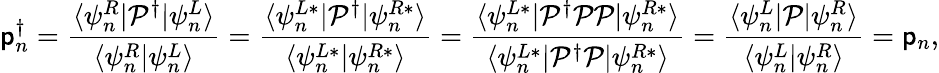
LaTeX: \mathsf{p}_{n}^{\dagger}=\frac{{\langle\psi_{n}^{R}|\mathcal{{P}}^{\dagger}|\psi_{n}^{L}\rangle}}{{\langle\psi_{n}^{R}|\psi_{n}^{L}\rangle}}=\frac{{\langle\psi_{n}^{L*}|\mathcal{{P}}^{\dagger}|\psi_{n}^{R*}\rangle}}{{\langle\psi_{n}^{L*}|\psi_{n}^{R*}\rangle}}=\frac{{\langle\psi_{n}^{L*}|\mathcal{{P}}^{\dagger}\mathcal{{P}}\mathcal{{P}}|\psi_{n}^{R*}\rangle}}{{\langle\psi_{n}^{L*}|\mathcal{{P}}^{\dagger}\mathcal{{P}}|\psi_{n}^{R*}\rangle}}=\frac{{\langle\psi_{n}^{L}|\mathcal{{P}}|\psi_{n}^{R}\rangle}}{{\langle\psi_{n}^{L}|\psi_{n}^{R}\rangle}}=\mathsf{p}_{n},